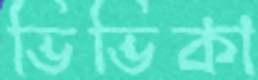
ভিভিকা